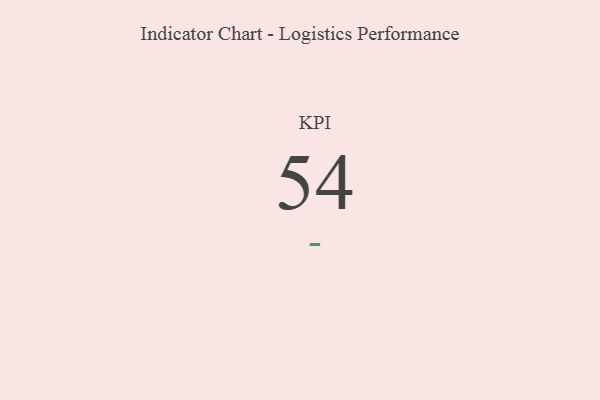
{"axis": {"x": "KPI", "y": "Value"}, "legend": [""], "data": [{"x": "KPI", "y": 54, "type": ""}]}